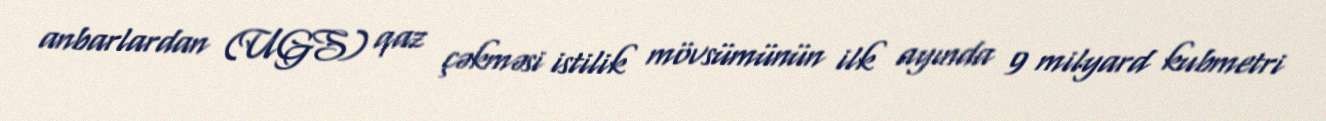
anbarlardan (UGS) qaz çəkməsi istilik mövsümünün ilk ayında 9 milyard kubmetri